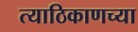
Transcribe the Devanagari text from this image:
त्याठिकाणच्या